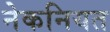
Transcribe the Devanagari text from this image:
नेकनियत